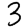
Digit: 3